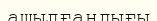
ашылғандығы